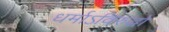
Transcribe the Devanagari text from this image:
धर्माऽविरुद्धो